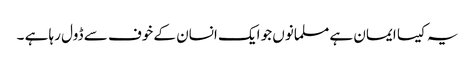
یہ کیسا ایمان ہے مسلمانوں جو ایک انسان کے خوف سے ڈول رہا ہے ۔